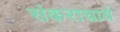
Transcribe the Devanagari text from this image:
संकराचार्य